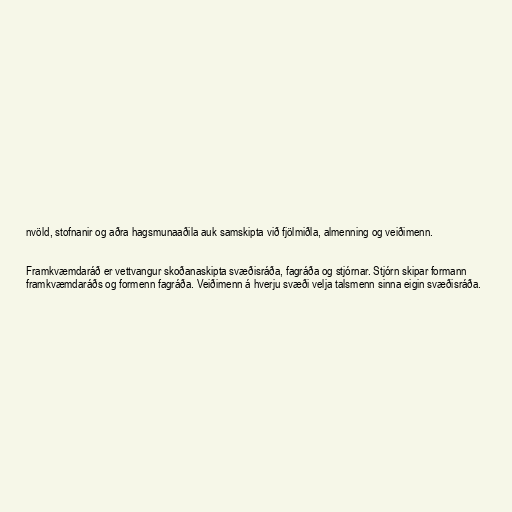
nvöld, stofnanir og aðra hagsmunaaðila auk samskipta við fjölmiðla, almenning og veiðimenn.

Framkvæmdaráð er vettvangur skoðanaskipta svæðisráða, fagráða og stjórnar. Stjórn skipar formann
framkvæmdaráðs og formenn fagráða. Veiðimenn á hverju svæði velja talsmenn sinna eigin svæðisráða.